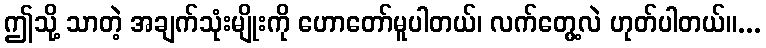
ဤသို့ သာတဲ့ အချက်သုံးမျိုးကို ဟောတော်မူပါတယ်၊ လက်တွေ့လဲ ဟုတ်ပါတယ်။...